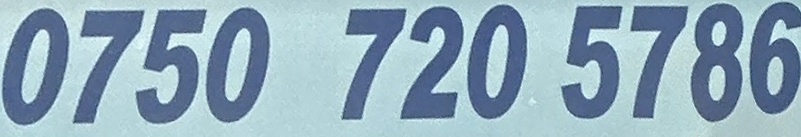
0750 720 5786